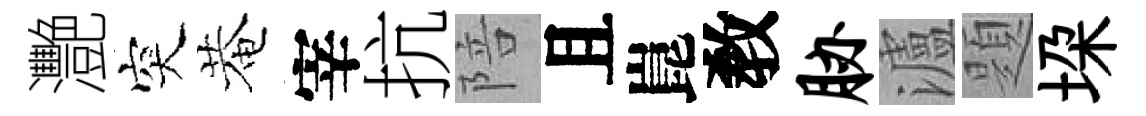
灧突菴宰抗陪且崑敎胁瀘題垜